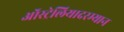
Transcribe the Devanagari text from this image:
ऑस्ट्रेलियादरम्यान